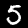
Digit: 5